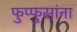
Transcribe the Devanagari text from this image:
फुप्फुसांना